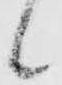
候